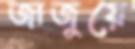
জাজুয়ে